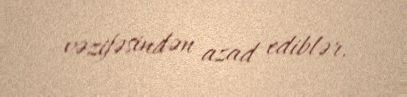
vəzifəsindən azad ediblər.